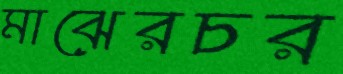
মাঝেরচর